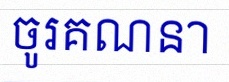
ចូរគណនា